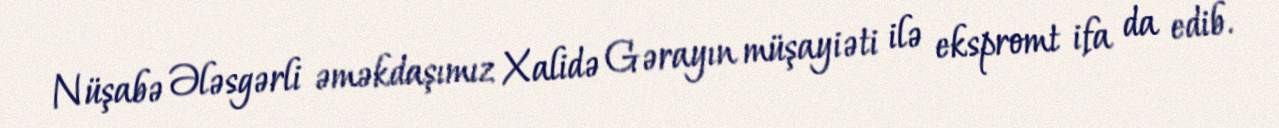
Nüşabə Ələsgərli əməkdaşımız Xalidə Gərayın müşayiəti ilə ekspromt ifa da edib.